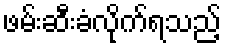
ဖမ်းဆီးခံလိုက်ရသည့်